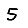
Digit: 5